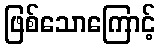
ဖြစ်သောကြောင့်